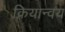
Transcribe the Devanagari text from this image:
क्रियान्वय